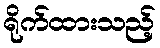
ရိုက်ထားသည့်